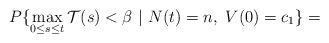
LaTeX: \begin{align*}P\{\max_{0\le s\le t}\mathcal{T}(s)< \beta\ |\ N(t) = n,\ V(0) = c_1\} = \end{align*}